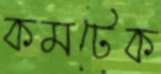
কমটেক